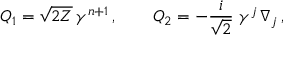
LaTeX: Q _ { 1 } = \sqrt { 2 { \cal Z } } \, \gamma ^ { n + 1 } \, , \qquad Q _ { 2 } = - \frac { i } { \sqrt { 2 } } \; \gamma ^ { j } \, \nabla _ { j } \, ,